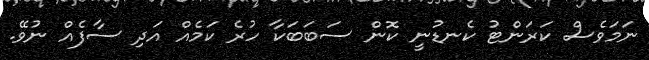
ނަމަވެސް ކަރަންޓު ކެނޑުނީ ކޮން ސަބަބަކާ ހުރެ ކަމެއް އަދި ސާފެއް ނުވޭ.